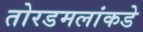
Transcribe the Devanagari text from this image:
तोरडमलांकडे